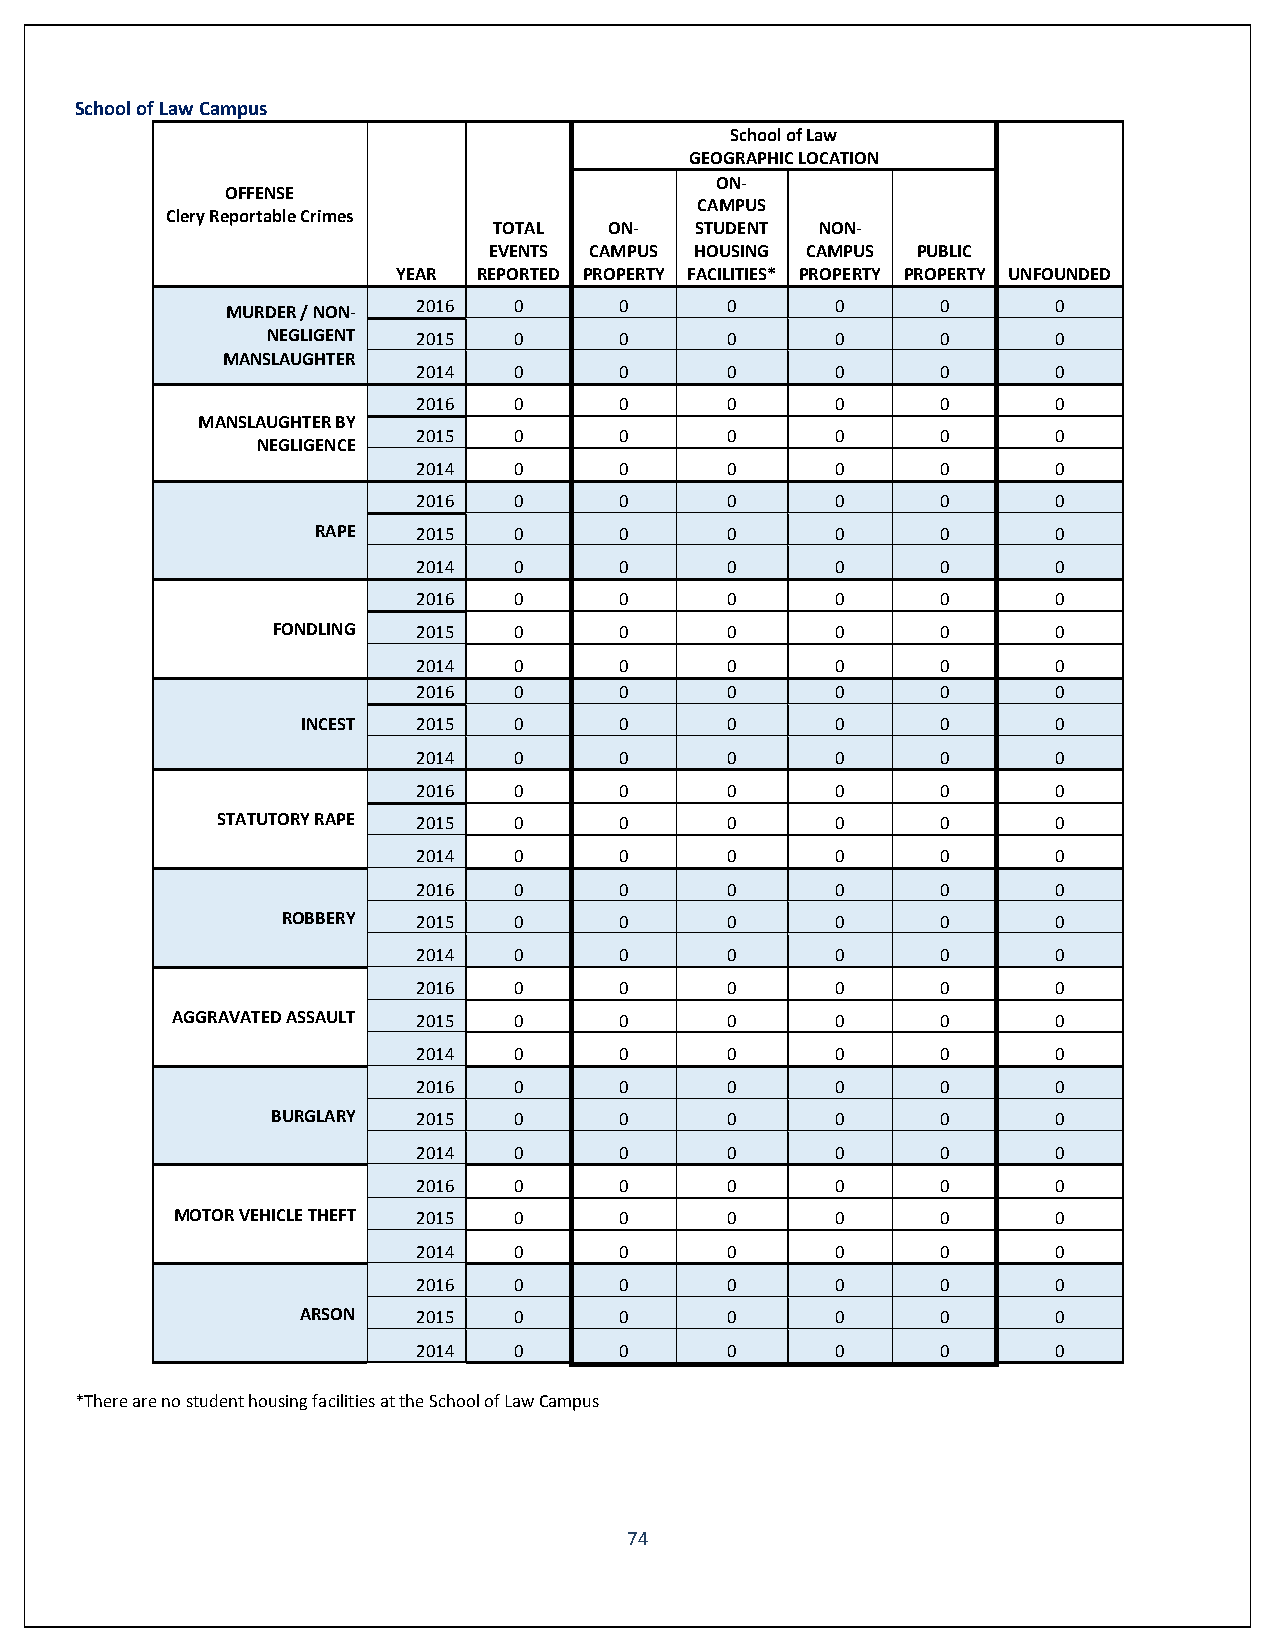
School of Law Campus
 School of Law
 GEOGRAPHIC LOCATION
 ON-
 OFFENSE
 CAMPUS
 Clery Reportable Crimes
 TOTAL  ON-   STUDENT NON-
 EVENTS CAMPUS HOUSING CAMPUS PUBLIC
 YEAR  REPORTED PROPERTY FACILITIES* PROPERTY PROPERTY UNFOUNDED
 MURDER / NON- 2016 0      0      0      0      0       0
 NEGLIGENT 2015  0      0      0      0      0       0
 MANSLAUGHTER
 2014  0      0      0      0      0       0
 2016  0      0      0      0      0       0
 MANSLAUGHTER BY
 2015  0      0      0      0      0       0
 NEGLIGENCE
 2014  0      0      0      0      0       0
 2016  0      0      0      0      0       0
 RAPE   2015  0      0      0      0      0       0
 2014  0      0      0      0      0       0
 2016  0      0      0      0      0       0
 FONDLING  2015  0      0      0      0      0       0
 2014  0      0      0      0      0       0
 2016  0      0      0      0      0       0
 INCEST  2015  0      0      0      0      0       0
 2014  0      0      0      0      0       0
 2016  0      0      0      0      0       0
 STATUTORY RAPE 2015 0      0      0      0      0       0
 2014  0      0      0      0      0       0
 2016  0      0      0      0      0       0
 ROBBERY  2015  0      0      0      0      0       0
 2014  0      0      0      0      0       0
 2016  0      0      0      0      0       0
 AGGRAVATED ASSAULT 2015 0     0      0      0      0       0
 2014  0      0      0      0      0       0
 2016  0      0      0      0      0       0
 BURGLARY  2015  0      0      0      0      0       0
 2014  0      0      0      0      0       0
 2016  0      0      0      0      0       0
 MOTOR VEHICLE THEFT 2015 0    0      0      0      0       0
 2014  0      0      0      0      0       0
 2016  0      0      0      0      0       0
 ARSON   2015  0      0      0      0      0       0
 2014  0      0      0      0      0       0
 *There are no student housing facilities at the School of Law Campus
 74